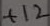
Text: +12